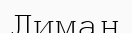
Лиман